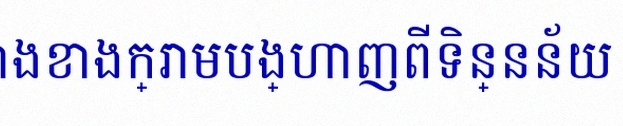
តារាងខាងក្រោមបង្ហាញពីទិន្នន័យ